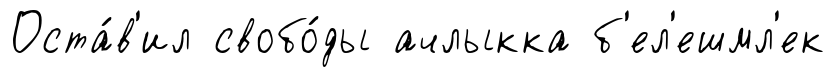
Оста́в'ил свобо́ды ачлыкка б'ел'ешмл'ек